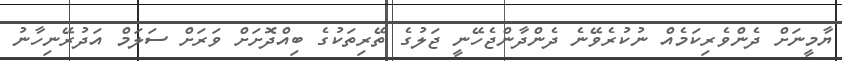
ޔާމީނަށް ދެންވެރިކަމެއް ނުކުރެވޭނެ ދެންދާންޖެހޭނީ ޖަލުގެ ތޭރިތަކުގެ ބިއްދޮށަށް ވަރަށް ސަލަމް އަދުރޭނިހާނު